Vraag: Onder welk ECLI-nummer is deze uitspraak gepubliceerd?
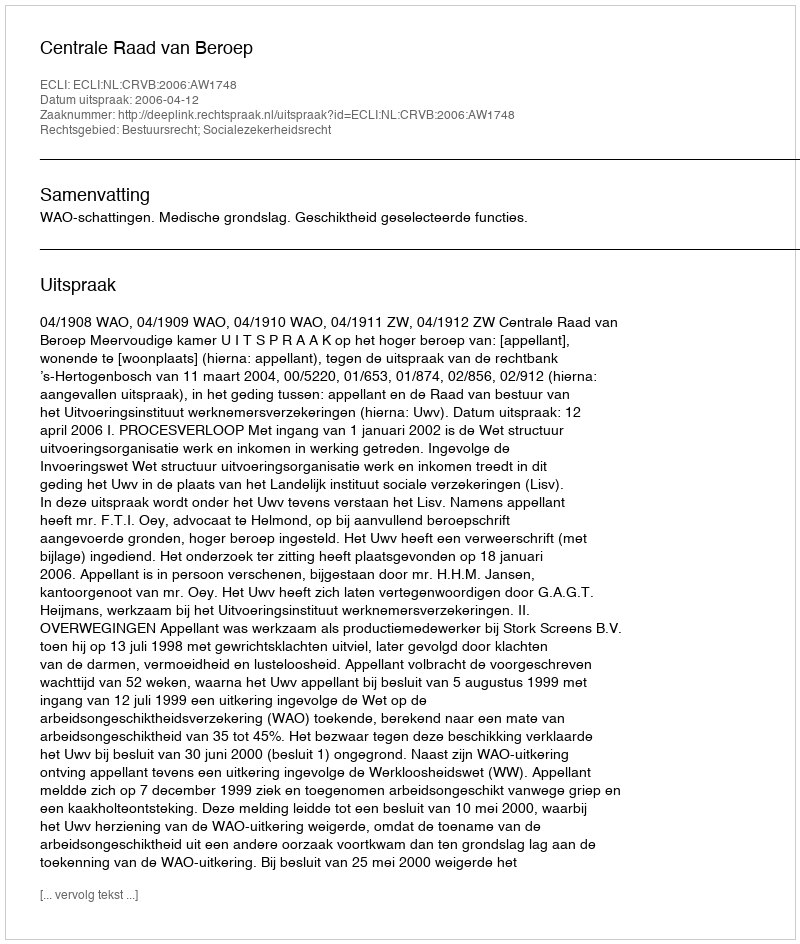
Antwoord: ECLI:NL:CRVB:2006:AW1748